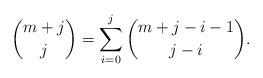
LaTeX: \begin{align*}{{m+j}\choose j}=\sum_{i=0}^j{{m+j-i-1}\choose {j-i}}.\end{align*}